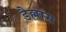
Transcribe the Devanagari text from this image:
डैल्लास